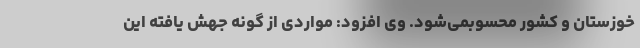
خوزستان و کشور محسوبمی‌شود. وی افزود: مواردی از گونه جهش یافته این